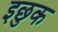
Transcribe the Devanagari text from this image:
इछुक